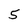
Character: 5